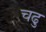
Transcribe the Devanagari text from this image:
चढु